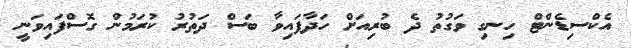
އެކްސިޑެންޓް ހިނގި ވަގުތު ދެ ބުރިއަށް ހަދާފައިވާ ބަސް ދަތުރު ކުރަމުން ގޮސްފައިވަނީ